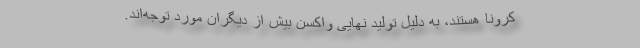
کرونا هستند، به دلیل تولید نهایی واکسن بیش از دیگران مورد توجه‌اند.